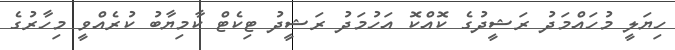
ހިޔަލީ މުހައްމަދު ރަޝީދުގެ ކޮއްކޮ އަހުމަދު ރަޝީދު ޓިކެޓް ކާމިޔާބު ކުރެއްވީ މިހާރުގެ